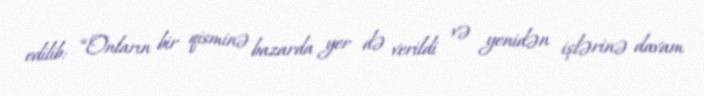
edilib: “Onların bir qisminə bazarda yer də verildi və yenidən işlərinə davam